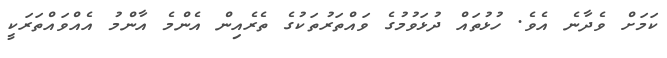
ކަމަށް ވެދާނެ އެވެ. ހުޅުތައް ދުޅަވުމުގެ ވައްތަރުތަކުގެ ތެރެއިން އެންމެ އާންމު އެއްވައްތަރަކީ